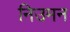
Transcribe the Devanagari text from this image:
निउमन